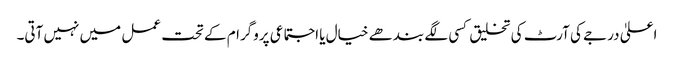
اعلیٰ درجے کی آرٹ کی تخلیق کسی لگے بندھے خیال یا اجتماعی پروگرام کے تحت عمل میں نہیں آتی۔